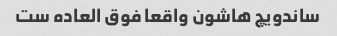
ساندویچ هاشون واقعا فوق العاده ست